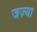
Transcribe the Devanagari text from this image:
जज़्या